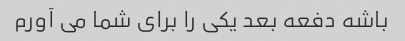
باشه دفعه بعد یکی را برای شما می آورم